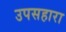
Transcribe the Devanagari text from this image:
उपसहारा